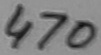
Text: 470